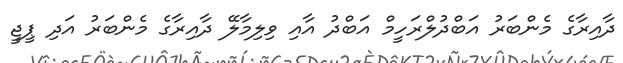
ދާއިރާގެ މެންބަރު އަބްދުލްރަހީމް އަބްދު އާއި ވިލިމާލޭ ދާއިރާގެ މެންބަރު އަދި ޕީޖީ